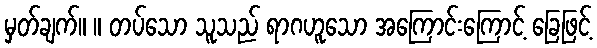
မှတ်ချက်။ ။ တပ်သော သူသည် ရာဂဟူသော အကြောင်းကြောင့် ခြေဖြင့်